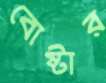
বোষ্টার